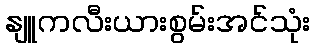
နျူကလီးယားစွမ်းအင်သုံး